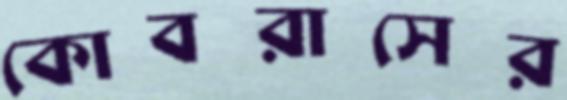
কোবরাসের